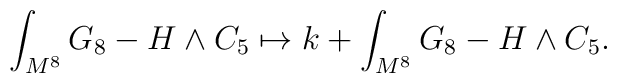
\int_{M^8} G_8-H\wedge C_5\mapsto k+\int_{M^8} G_8-H\wedge C_5.